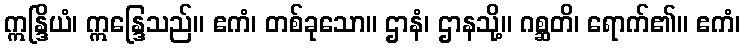
ဣန္ဒြိယံ၊ ဣန္ဒြေသည်။ ဧကံ၊ တစ်ခုသော။ ဌာနံ၊ ဌာနသို့။ ဂစ္ဆတိ၊ ရောက်၏။ ဧကံ၊